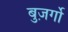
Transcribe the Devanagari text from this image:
बुज़र्गो